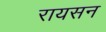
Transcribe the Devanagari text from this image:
रायसन